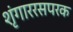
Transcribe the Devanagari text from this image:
शृंगाररसपरक